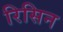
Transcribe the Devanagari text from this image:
रिसिन